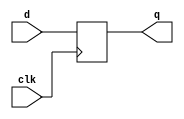
module top_module (
    input clk,
    input [7:0] d,
    output [7:0] q
);
    always @(posedge clk)
        q=d;
endmodule